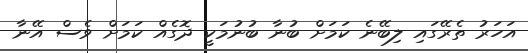
އަހަރު ތެރޭގައި ލިބޭނެ ކަމަށް ބުނާ ބުނުމަކީ ދޮގެއް ކަމަށް ވެސް އޭނާ